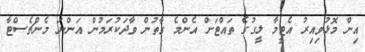
އިން މޮޅުވިއިރު އެޓީމާ ލީގުގެ ތައްޓަށް އެންމެ ގާތުން ވާދަކުރަމުން އަންނަ މެންޗެސްޓާ